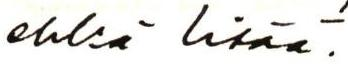
ehkä lisää.